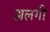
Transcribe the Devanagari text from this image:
अलगी